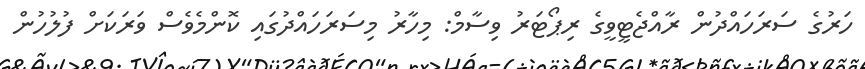
ހަރުގެ ސަރަހައްދުން ރާއްޖެޓީވީގެ ރިޕޯޓަރު ވިސާމް: މިހާރު މިސަރަހައްދުގައި ކޮންމެވެސް ވަރަކަށް ފުލުހުން